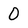
Character: O